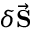
\delta \vec { \mathbf S }